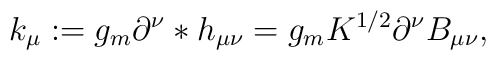
k_\mu := g_m \partial^\nu *h_{\mu\nu} =  g_m K^{1/2} \partial^\nu B_{\mu\nu} ,